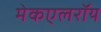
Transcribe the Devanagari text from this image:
मेकएलरॉय